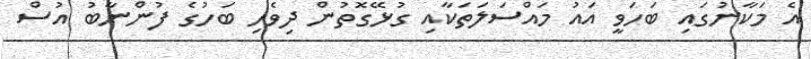
އެ މަކާނުގައި ބަހަވީ އައު މައްސަލަތަކާއި ގުޅޭގޮތުން ދިވެހި ބަހުގެ ފުންނާބު އުސް